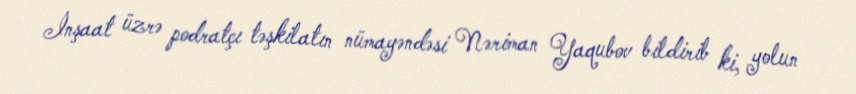
İnşaat üzrə podratçı təşkilatın nümayəndəsi Nəriman Yaqubov bildirib ki, yolun